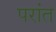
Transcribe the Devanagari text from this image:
परांत